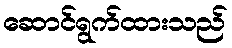
ဆောင်ရွက်ထားသည်